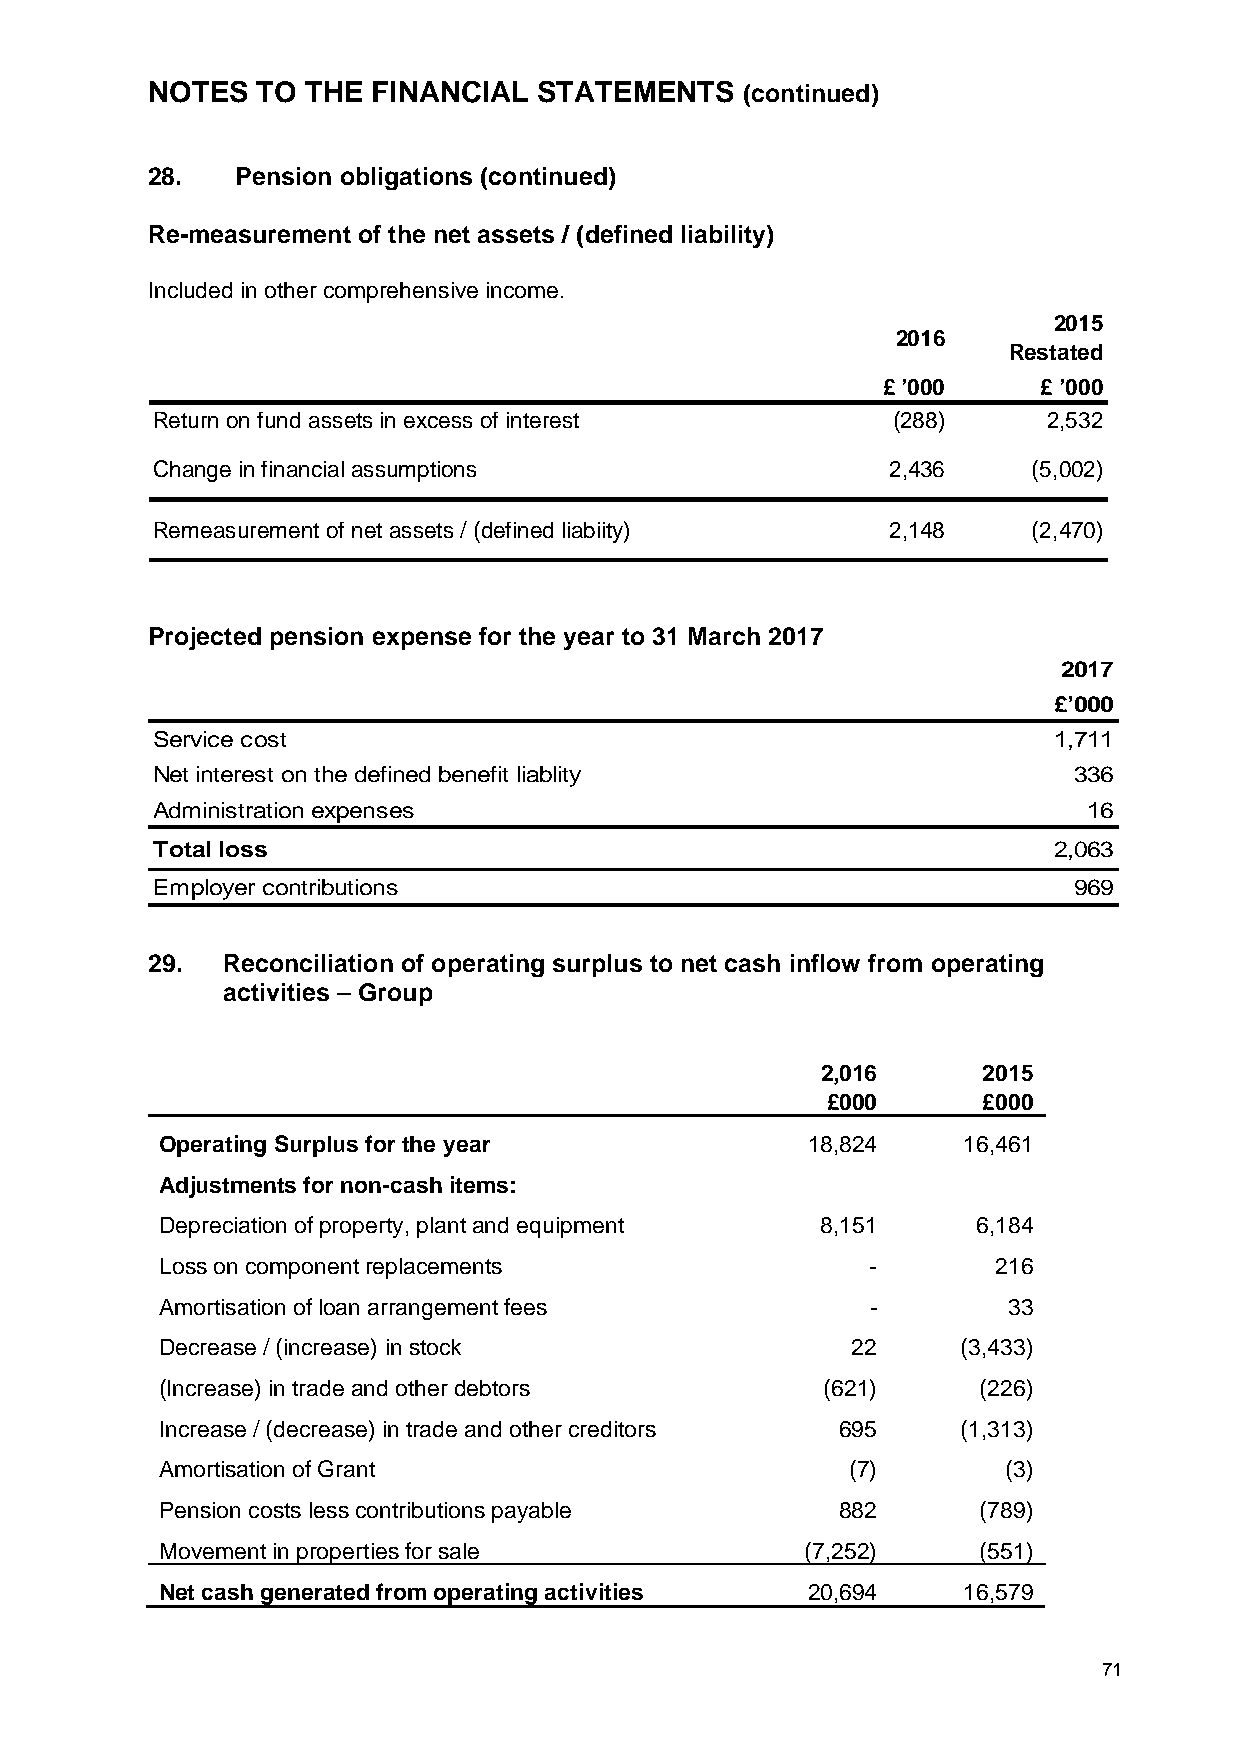
NOTES  TO THE  FINANCIAL  STATEMENTS   (continued)
 28.   Pension obligations (continued)
 Re-measurement of the net assets / (defined liability)
 Included in other comprehensive income.
 2015
 2016
 Restated
 £ ’000     £ ’000
 Return on fund assets in excess of interest      (288)     2,532
 Change in financial assumptions                  2,436    (5,002)
 Remeasurement of net assets / (defined liabiity) 2,148    (2,470)
 Projected pension expense for the year to 31 March 2017
 2017
 £’000
 Service cost                                                1,711
 Net interest on the defined benefit liablity                 336
 Administration expenses                                       16
 Total loss                                                  2,063
 Employer contributions                                       969
 29.  Reconciliation of operating surplus to net cash inflow from operating
 activities – Group
 2,016      2015
 £000      £000
 Operating Surplus for the year            18,824     16,461
 Adjustments for non-cash items:
 Depreciation of property, plant and equipment 8,151   6,184
 Loss on component replacements                 -       216
 Amortisation of loan arrangement fees          -        33
 Decrease / (increase) in stock               22      (3,433)
 (Increase) in trade and other debtors       (621)     (226)
 Increase / (decrease) in trade and other creditors 695 (1,313)
 Amortisation of Grant                        (7)        (3)
 Pension costs less contributions payable     882      (789)
 Movement in properties for sale           (7,252)     (551)
 Net cash generated from operating activities 20,694  16,579
 71